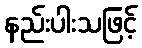
နည်းပါးသဖြင့်